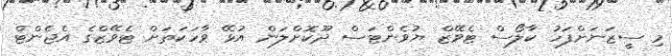
މި ސީޒަނަށްފަހު ކާލޯސް ޓެވޭޒް ޔުވެންޓަސް ދޫކޮށްލަން އުޅޭ ވާހަކަތަށް ޓެވޭޒްގެ އެޖެންޓް